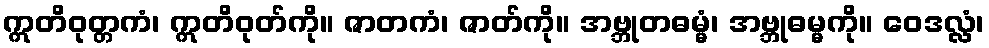
ဣတိဝုတ္တကံ၊ ဣတိဝုတ်ကို။ ဇာတကံ၊ ဇာတ်ကို။ အဗ္ဘုတဓမ္မံ၊ အဗ္ဘုဓမ္မကို။ ဝေဒလ္လံ၊